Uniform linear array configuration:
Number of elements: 24
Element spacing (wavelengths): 1
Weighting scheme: uniform
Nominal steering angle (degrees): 45
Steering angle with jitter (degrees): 46.416
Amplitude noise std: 0.05
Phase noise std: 0.05

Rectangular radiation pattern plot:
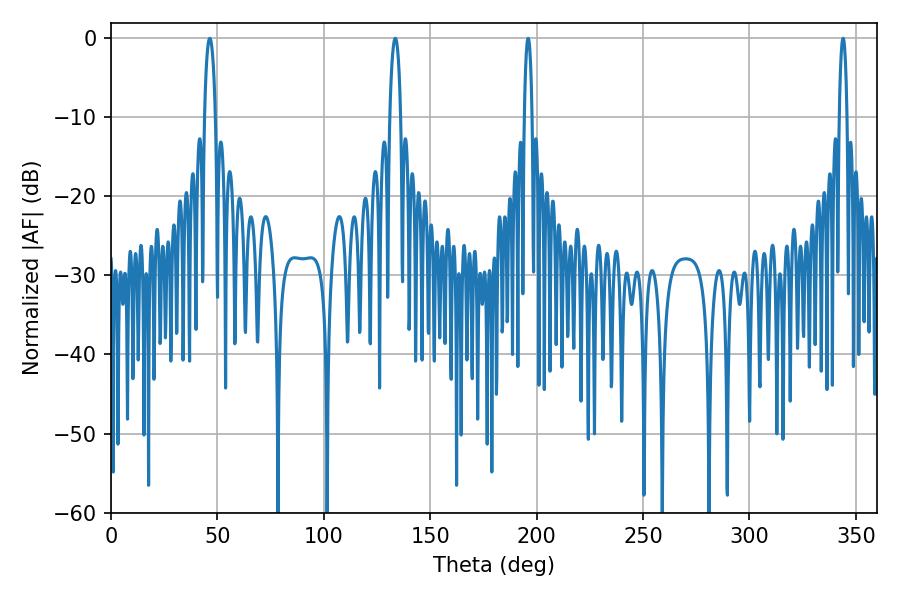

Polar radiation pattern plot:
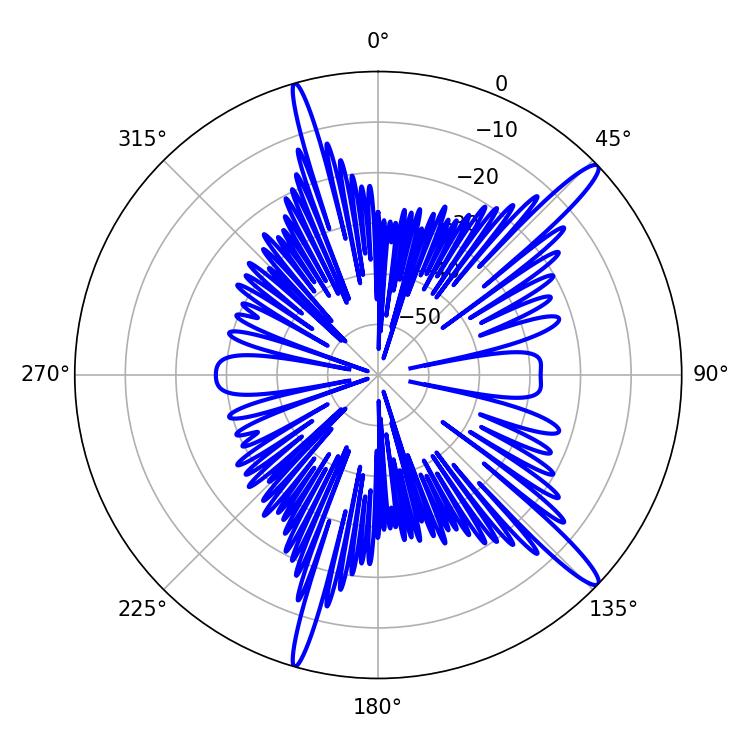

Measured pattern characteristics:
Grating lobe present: TRUE
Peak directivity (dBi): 14.993
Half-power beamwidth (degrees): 1.98
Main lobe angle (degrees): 343.98